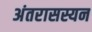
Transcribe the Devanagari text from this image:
अंतरासस्यन